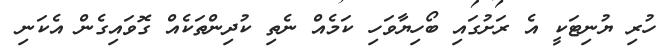
ހުރި ޔުނިޓަކީ އެ ރަށުގައި ބޯހިޔާވަހި ކަމެއް ނެތި ކުދިންތަކެއް ގޮވައިގެން އެކަނި